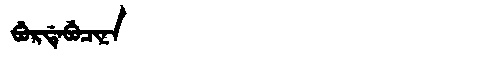
Manchu: ᠪᡠᡵᡩᡝᠪᡠᠴᡳᠨᠠ
Romanization: BURDEBUCINA